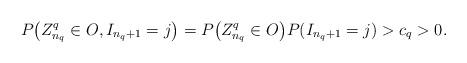
LaTeX: \begin{align*} P\bigl(Z_{n_q}^q \in O, I_{n_q+1}=j\bigr)=P\bigl(Z_{n_q}^q \in O\bigr)P( I_{n_q+1}=j)>c_q>0.\end{align*}